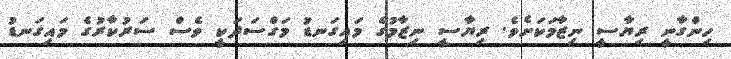
ހިންގާނީ ރިޔާސީ ނިޒާމަކަށެވެ. ރިޔާސީ ނިޒާމުގެ މައިގަނޑު މަގްސަދަކީ ވެސް ސަރުކާރުގެ މައިގަނޑު